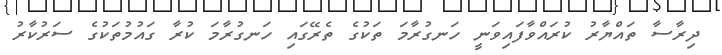
ދިރާސާ ތައްޔާރު ކުރައްވާފައިވަނީ ހަނގުރާމަ ތަކުގެ ތެރޭގައި ހަނގުރާމަ ކުރާ ގައުމުތަކުގެ ސަރުކާރު